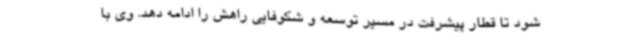
شود تا قطار پیشرفت در مسیر توسعه و شکوفایی راهش را ادامه دهد. وی با